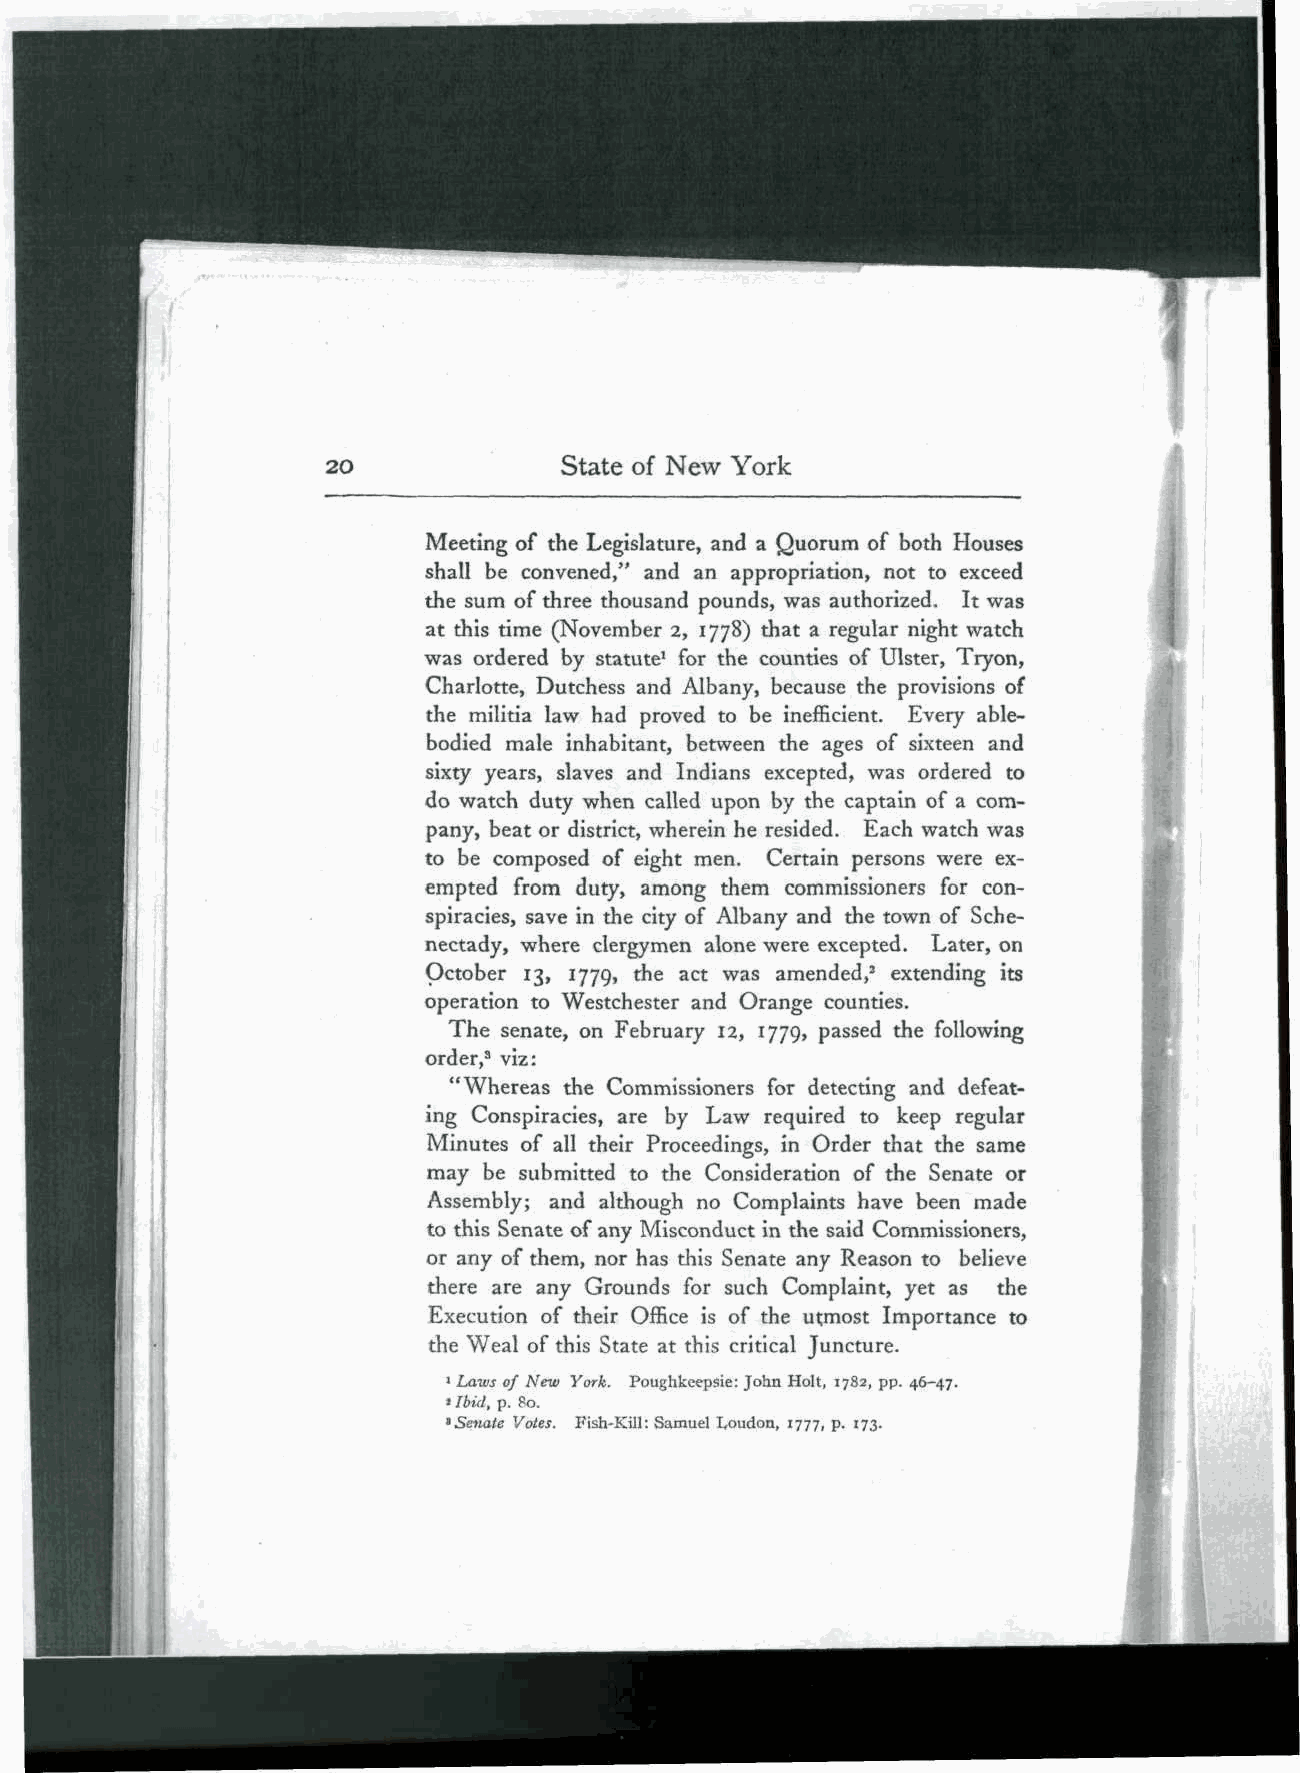
I
 20             State of New York
 Meeting of the Legislature, and a Quorum of both Houses
 shall be convened," and an appropriation, not to exceed
 the sum of three thousand pounds, was authorized. It was
 at this time (November 2, 1778) that a regular night watch
 was ordered by statute1 for the counties of Ulster, Tryon,
 Charlotte, Dutchess and Albany, because the provisions of
 the militia law had proved to be inefficient. Every able-
 bodied male inhabitant, between the ages of sixteen and
 sixty years, slaves and Indians excepted, was ordered to
 do watch duty when called upon by the captain of a com-
 pany, beat or district, wherein he resided. Each watch was
 to be composed of eight men. Certain persons were ex-
 empted from duty, among them commissioners for con-
 spiracies, save in the city of Albany and the town of Sche-
 nectady, where clergymen alone were excepted. Later, on
 October 13, 1779, the act was amended,2 extending its
 operation to Westchester and Orange counties.
 The senate, on February 12, 1779, passed the following
 order,3 viz:
 "Whereas the Commissioners for detecting and defeat-
 ing Conspiracies, are by Law required to keep regular
 Minutes of all their Proceedings, in Order that the same
 may be submitted to the Consideration of the Senate or
 Assembly; and although no Complaints have been made
 to this Senate of any Misconduct in the said Commissioners,
 or any of them, nor has this Senate any Reason to believe
 there are any Grounds for such Complaint, yet as the
 Execution of their Office is of the utmost Importance to
 the Weal of this State at this critical Juncture.
 1 Laws of New York. Poughkeepsie: John Holt, 1782, pp. 46-47.
 > Ibid, p. So.
 •Senate Votes. Fish-Kill: Samuel Loudon, 1777, p. 173.